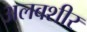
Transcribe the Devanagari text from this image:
अलबशीर